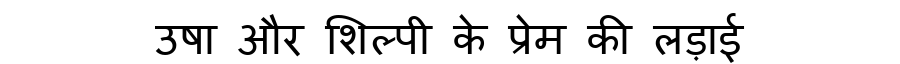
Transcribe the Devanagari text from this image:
उषा और शिल्पी के प्रेम की लड़ाई